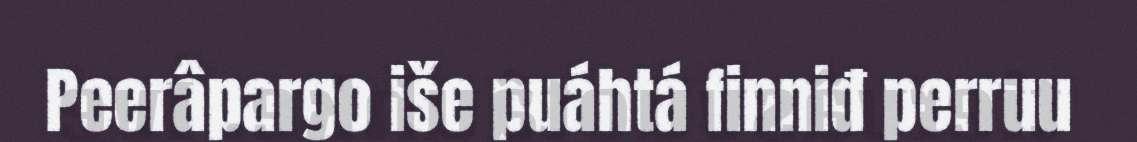
Peerâpargo iše puáhtá finniđ perruu